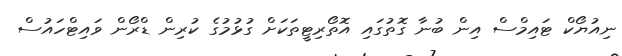
ނިއުޔޯކް ޓައިމްސް އިން ބުނާ ގޮތުގައި އޮތޯރިޓީތަކަށް ގުޅުމުގެ ކުރިން ޑްރޯން ވައިޓްހައުސް